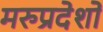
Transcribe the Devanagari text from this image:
मरुप्रदेशों